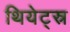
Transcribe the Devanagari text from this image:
थियेट्स्र